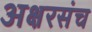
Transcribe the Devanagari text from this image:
अक्षरसंच